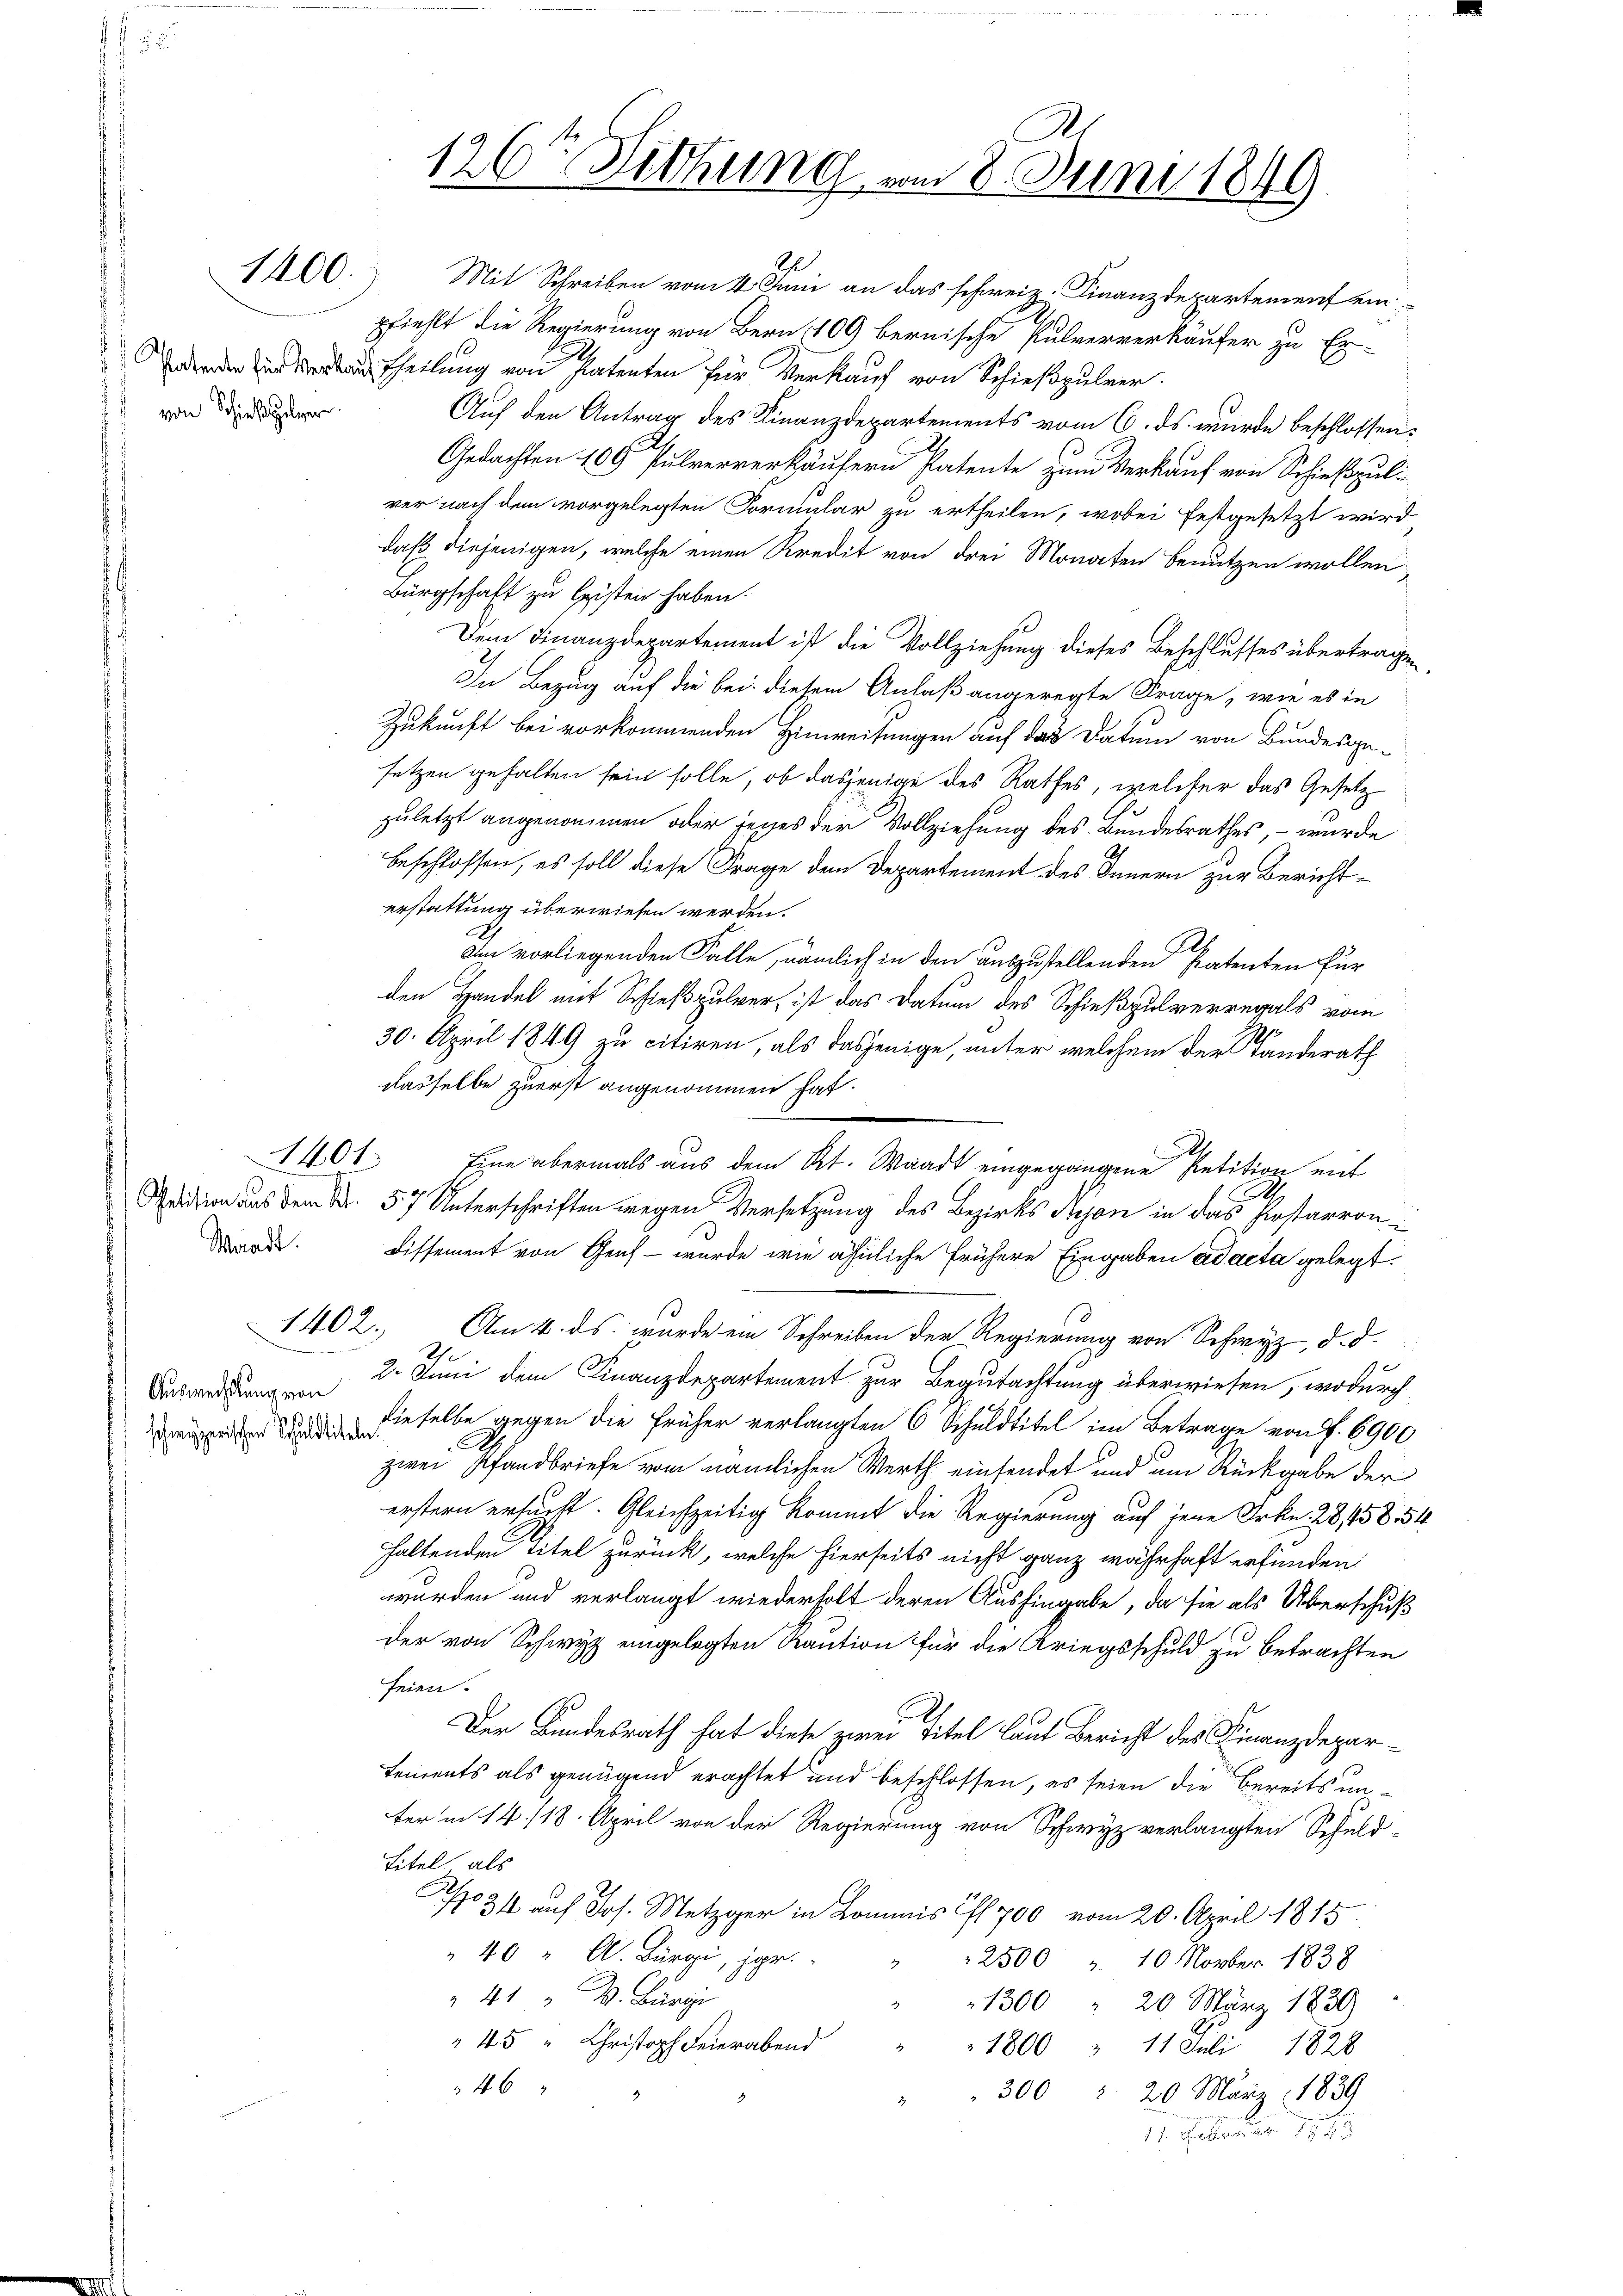
1400.

von Schießpulver

Waadt.

1401.

1402.

Auswechslung von

2
Mit Schreiben vom 4. Juni an das schweir. Finanzdepartement einpfiehlt die Regierung von Bern 100 bernische Pulververkäufer zu Er-
eder Brautheilŭng von Patenten für Verkaŭf von Schießpulver.
Auf den Antrag des Finanzdepartements vom 6. ds. wurde beschlossen:
Gedachten 100 Pulververkäufern Patente zum Verkauf von Schießpul-
ver nach dem vorgelegten Formular zu ertheilen, wobei festgesetzt wird,
daß diejenigen, welche einen Kredit von drei Monaten benutzen wollen,
Bürgschaft zu leisten haben.
Dem Finanzdepartement ist die Vollziehung dieses Beschlusses übertragen
In Bezug auf die bei diesem Anlaß angeregte Frage, wie es in
Zukunft bei vorkommenden Hinweisungen auf das Datum von Bundesgesetzen gehalten sein solle, ob dasjenige des Rathes, welcher das Gesetz
zuletzt angenommen oder jeges der Vollziehung des Bundesrathes, – wurde
beschlossen, es soll diese Frage dem Departement des Innern zur Berichterstattung überwiesen werden.
Am vorliegenden Fälle, nämlich in den auszustellenden Patenten für
den Handel mit Schießpulver, ist das Datum des Schießpulverregals vom
30. April 1849 zu citiren, als dasjenige, unter welchem der Landerath
dasselbe zuerst angenommen hat.
.
Eine abermals aus dem Kt. Waadt eingegangene Petition mit
A.
Sition aus dem N. 57 Unterschriften wegen Versetzung des Bezirks Kejon in das Postarron
Dissement von Genf - wurde wie ähnliche frühere Eingaben ad acta gelegt.
Am 4. ds. wurde ein Schreiben der Regierung von Schwyz, d. d.
Ih
2. Juni dem Finanzdepartement zur Begutachtung überwiesen, wodurch
ei dieselbe gegen die früher verlangten 6 Schuldtitel im Betrage von f. 6900.
C
zwei Pfandbriefe vom nämlichen Werth einsendet und um Rückgabe der
erstern ersucht. Gleichzeitig kommt die Regierung auf jene Frkn. 28, 458. 54
haltenden Titel zurück, welche hierseits nicht ganz währhaft erfunden
wurden und verlangt wiederholt deren Aushingabe, da sie als Überschuß
der von Schwyz eingelegten Kaution für die Kriegsschuld zu betrachten
feien.
Der Bundesrath hat diese zwei Titel laut Bericht des Finanzdepartements als genügend erachtet und beschlossen, es seien die bereits unter in 14./18. April von der Regierung von Schwyz verlangten Schuld-
Titel als
N 31 auf Jos. Metzger in Kommis oft 700 vom 20. April 1815.
"40 " A. Bürgi, pr. " " " 2500 " 10 Novber 1838
41 M. Bürgi
1300 " 20 März 1839
" " 800 " 11 Juli 1828
46
" " 300 r. 20. März 1839
11. Faller

A
126ten Sitzung vom 8. Juni 1849